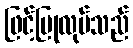
ဖြင့်ပြုလုပ်သည်